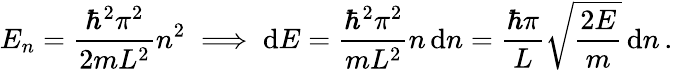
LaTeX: E_{n}={\frac{\hbar^{2}\pi^{2}}{2mL^{2}}}n^{2}\implies\operatorname{d}\! E={\frac{\hbar^{2}\pi^{2}}{mL^{2}}}n\operatorname{d}\! n={\frac{\hbar\pi}{L}}{\sqrt{\frac{2E}{m}}}\operatorname{d}\! n\, .